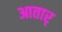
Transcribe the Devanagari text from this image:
आतार्